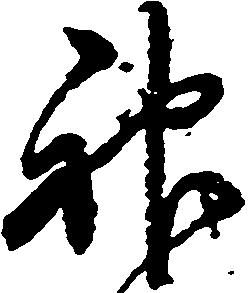
神